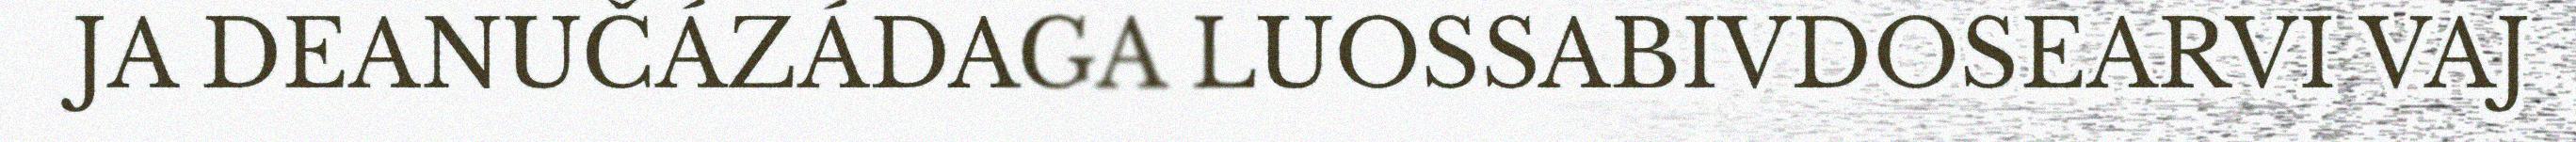
JA DEANUČÁZÁDAGA LUOSSABIVDOSEARVI VAJ